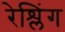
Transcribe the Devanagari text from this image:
रेश्लिंग